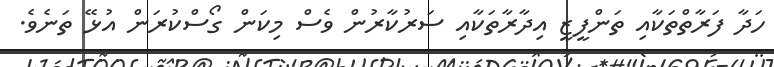
ހަދާ ފަރާތްތަކާއި ތަންފީޒީ އިދާރާތަކާއި ސަރުކާރުން ވެސް މިކަން ގޯސްކުރަން އުޅޭ ތަނެވެ.